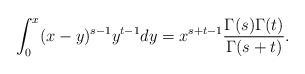
\begin{align*}\int_{0}^{x}(x-y)^{s-1}y^{t-1}dy=x^{s+t-1}\frac{\Gamma(s)\Gamma(t)}{\Gamma(s+t)}.\end{align*}